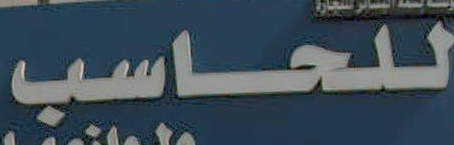
للحاسب